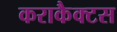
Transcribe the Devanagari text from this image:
कराकैक्टस